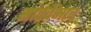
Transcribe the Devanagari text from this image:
सांतवेंभाव